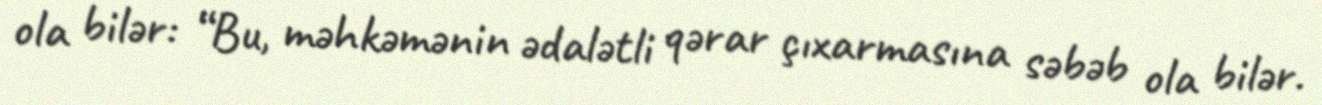
ola bilər: “Bu, məhkəmənin ədalətli qərar çıxarmasına səbəb ola bilər.